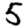
Digit: 5